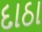
દાઠા